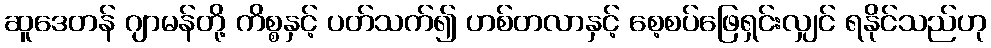
ဆူဒေတန် ဂျာမန်တို့ ကိစ္စနှင့် ပတ်သက်၍ ဟစ်တလာနှင့် စေ့စပ်ဖြေရှင်းလျှင် ရနိုင်သည်ဟု